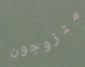
متزوجون